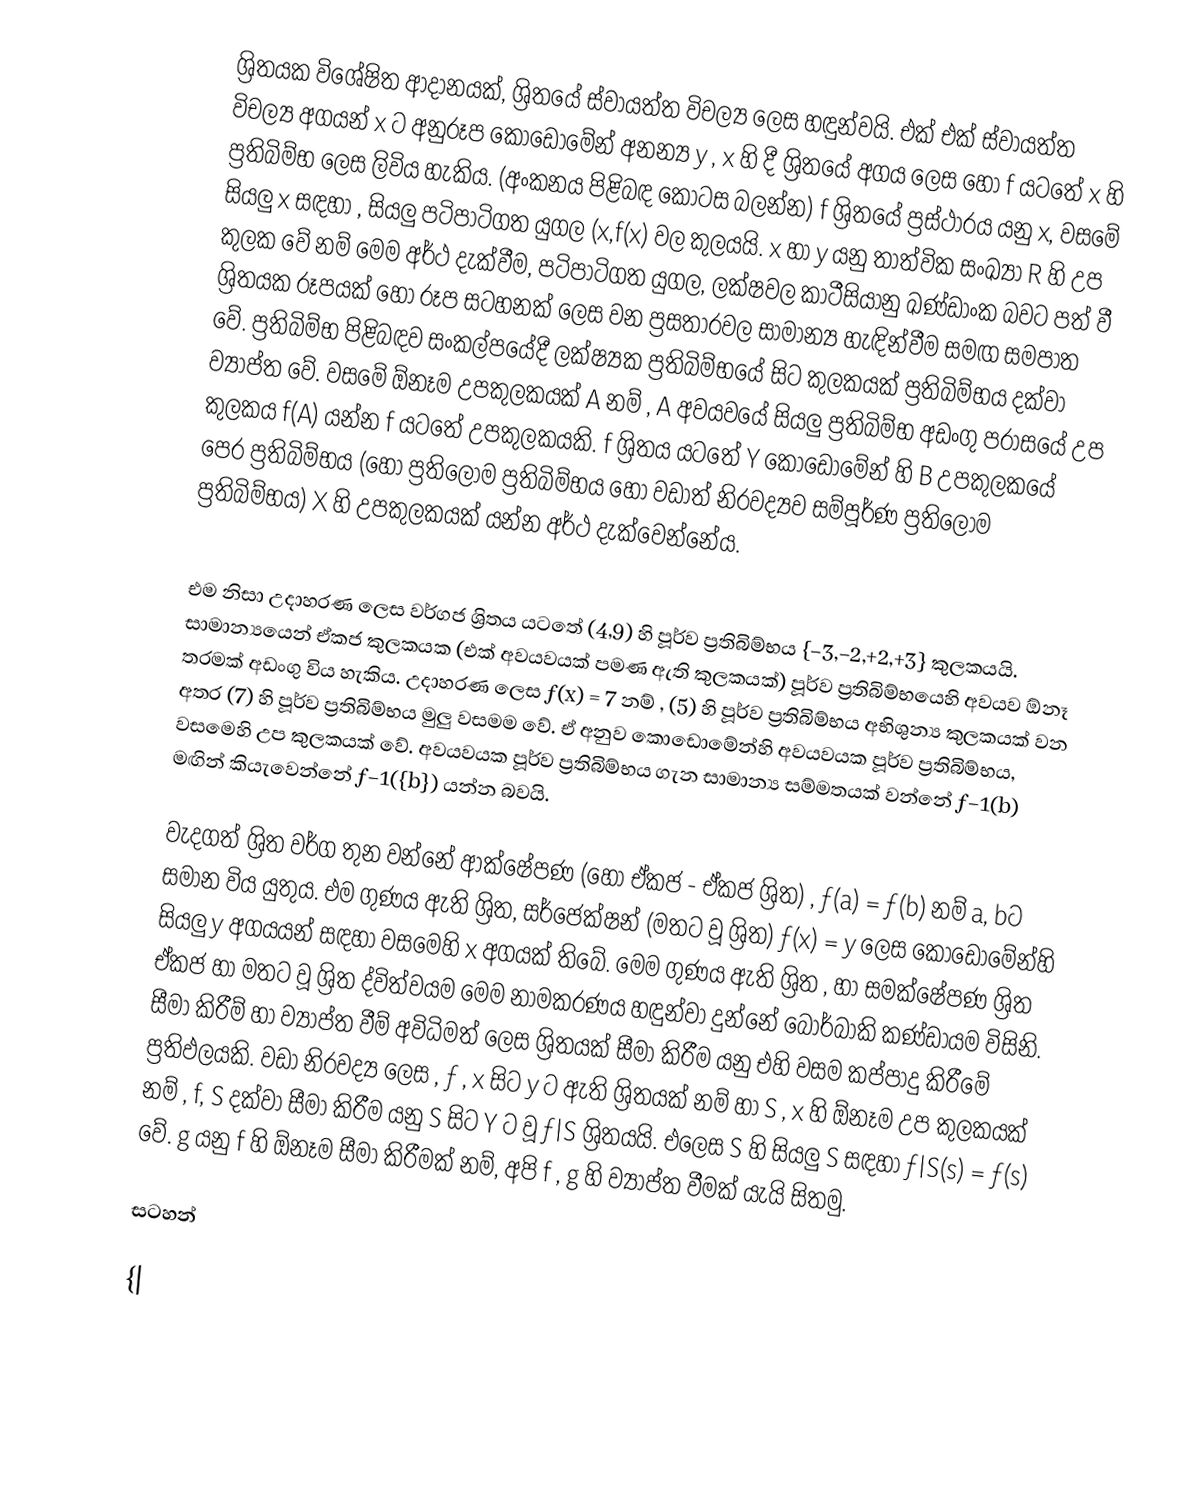
ශ්‍රිතයක විශේෂිත ආදානයක්, ශ්‍රිතයේ ස්වායත්ත විචල්‍ය ලෙස හඳුන්වයි. එක් එක් ස්වායත්ත විචල්‍ය අගයන් x ට අනුරූප කොඩොමේන් අනන්‍ය y , x හි දී ශ්‍රිතයේ අගය ලෙස හෝ f යටතේ x හි ප්‍රතිබිම්භ ලෙස ලිවිය හැකිය. (අංකනය පිළිබඳ කොටස බලන්න) f ශ්‍රිතයේ ප්‍රස්ථාරය යනු x, වසමේ සියලු x සඳහා , සියලු පටිපාටිගත යුගල (x,f(x) වල කුලයයි. x හා y යනු තාත්වික සංඛ්‍යා R හි උප කුලක වේ නම් මෙම අර්ථ දැක්වීම, පටිපාටිගත යුගල, ලක්ෂවල කාටීසියානු ඛණ්ඩාංක බවට පත් වී ශ්‍රිතයක රූපයක් හෝ රූප සටහනක් ලෙස වන ප්‍රසතාරවල සාමාන්‍ය හැඳින්වීම සමඟ සමපාත වේ. ප්‍රතිබිම්භ පිළිබඳව සංකල්පයේදී ලක්ෂ්‍යක ප්‍රතිබිම්භයේ සිට කුලකයක් ප්‍රතිබිම්භය දක්වා ව්‍යාප්ත වේ. වසමේ ඕනෑම උපකුලකයක් A නම් , A අවයවයේ සියලු ප්‍රතිබිම්භ අඩංගු පරාසයේ උප කුලකය f(A) යන්න f යටතේ උපකුලකයකි. f ශ්‍රිතය යටතේ Y කොඩොමේන් හි B උපකුලකයේ පෙර ප්‍රතිබිම්භය (හෝ ප්‍රතිලෝම ප්‍රතිබිම්භය හෝ වඩාත් නිරවද්‍යව සම්පූර්ණ ප්‍රතිලෝම ප්‍රතිබිම්භය) X හි උපකුලකයක් යන්න අර්ථ දැක්වෙන්නේය.

එම නිසා උදාහරණ ලෙස වර්ගජ ශ්‍රිතය යටතේ (4,9) හි පූර්ව ප්‍රතිබිම්භය {−3,−2,+2,+3} කුලකයයි. සාමාන්‍යයෙන් ඒකජ කුලකයක (එක් අවයවයක් පමණ ඇති කුලකයක්) පූර්ව ප්‍රතිබිම්භයෙහි අවයව ඕනෑ තරමක් අඩංගු විය හැකිය. උදාහරණ ලෙස ƒ(x) = 7 නම් , (5) හි පූර්ව ප්‍රතිබිම්භය අභිශුන්‍ය කුලකයක් වන අතර (7) හි පූර්ව ප්‍රතිබිම්භය මුලු වසමම වේ. ඒ අනුව කොඩොමේන්හි අවයවයක පූර්ව ප්‍රතිබිම්භය, වසමෙහි උප කුලකයක් වේ. අවයවයක පූර්ව ප්‍රතිබිම්භය ගැන සාමාන්‍ය සම්මතයක් වන්නේ ƒ−1(b) මඟින් කියැවෙන්නේ ƒ−1({b}) යන්න බවයි.

වැදගත් ශ්‍රිත වර්ග තුන වන්නේ ආක්ෂේපණ (හෝ ඒකජ - ඒකජ ශ්‍රිත) , ƒ(a) = ƒ(b) නම් a, bට සමාන විය යුතුය. එම ගුණය ඇති ශ්‍රිත, සර්ජෙක්ෂන් (මතට වූ ශ්‍රිත) ƒ(x) = y ලෙස කොඩොමේන්හි සියලු y අගයයන් සඳහා වසමෙහි x අගයක් තිබේ. මෙම ගුණය ඇති ශ්‍රිත , හා සමක්ෂේපණ ශ්‍රිත ඒකජ හා මතට වූ ශ්‍රිත ද්විත්වයම මෙම නාමකරණය හඳුන්වා දුන්නේ බොර්බාකි කණ්ඩායම විසිනි. සීමා කිරීම් හා ව්‍යාප්ත වීම් අවිධිමත් ලෙස ශ්‍රිතයක් සීමා කිරීම යනු එහි වසම කප්පාදු කිරීමේ ප්‍රතිඵලයකි. වඩා නිරවද්‍ය ලෙස , ƒ , x සිට y ට ඇති ශ්‍රිතයක් නම් හා S , x හි ඕනෑම උප කුලකයක් නම් , f, S දක්වා සීමා කිරීම යනු S සිට Y ට වූ ƒ|S ශ්‍රිතයයි. එලෙස S හි සියලු S සඳහා ƒ|S(s) = ƒ(s) වේ. g යනු f හි ඕනෑම සීමා කිරීමක් නම්, අපි f , g හි ව්‍යාප්ත වීමක් යැයි සිතමු.

සටහන්

{|